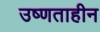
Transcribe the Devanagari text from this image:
उष्णताहीन